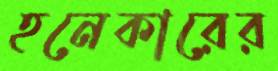
হনেকারের